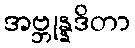
အဗ္ဘုန္နဒိတာ